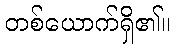
တစ်ယောက်ရှိ၏။